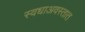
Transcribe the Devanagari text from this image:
स्वधाअवस्तात